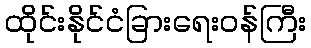
ထိုင်းနိုင်ငံခြားရေးဝန်ကြီး